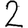
Digit: 2